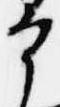
宰